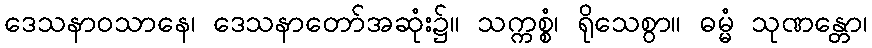
ဒေသနာဝသာနေ၊ ဒေသနာတော်အဆုံး၌။ သက္ကစ္စံ၊ ရိုသေစွာ။ ဓမ္မံ သုဏန္တော၊